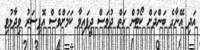
އަދި އޭނާގެ ބަންދަށް ކޯޓުން ހަތް ދުވަސް ދީފަައިވާ ކަމަށްވެސް އޮފިސަރު ވިދާޅުވި